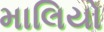
માલિયો